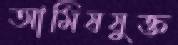
আমিষযুক্ত